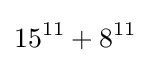
15^{11}+8^{11}